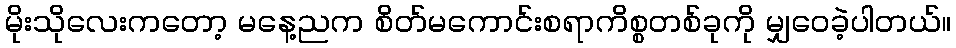
မိုးသိုလေးကတော့ မနေ့ညက စိတ်မကောင်းစရာကိစ္စတစ်ခုကို မျှဝေခဲ့ပါတယ်။